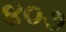
૪૦૭